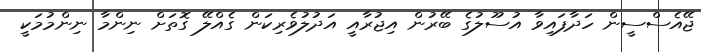
ޖޭއެސްސީން ހަދާފައިވާ އުސޫލުގެ ބޭރުން އިޖުރާއީ އަދުލުވެރިކަން ގެއްލޭ ގޮތަށް ނިންމާ ނިންމުމަކީ